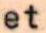
et